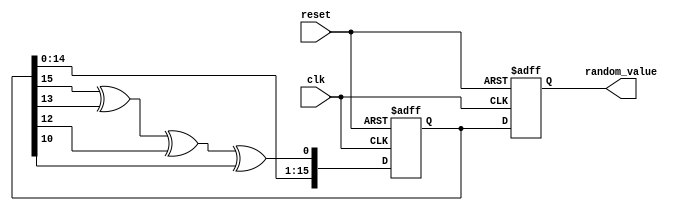
module RandomInitialization (
    input wire clk,               // Clock signal
    input wire reset,             // Asynchronous reset signal
    output reg [15:0] random_value // Output random value (16-bit wide)
);

    // Internal variables
    reg [15:0] lfsr;              // LFSR register for random value generation
    wire feedback;                // Feedback for LFSR

    // Feedback polynomial for LFSR (example: x^16 + x^14 + x^13 + x^11 + 1)
    assign feedback = lfsr[15] ^ lfsr[13] ^ lfsr[12] ^ lfsr[10];

    // LFSR operation
    always @(posedge clk or posedge reset) begin
        if (reset) begin
            // Reset the LFSR and random value
            lfsr <= 16'hACE1; // Seed value (can be changed)
            random_value <= 16'h0000; // Clear output
        end else begin
            // Shift and generate new random value
            lfsr <= {lfsr[14:0], feedback}; // Shift left and insert feedback
            random_value <= lfsr; // Update output with new random value
        end
    end

endmodule